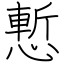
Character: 慙